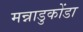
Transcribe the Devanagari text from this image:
मन्नाडुकोंडा